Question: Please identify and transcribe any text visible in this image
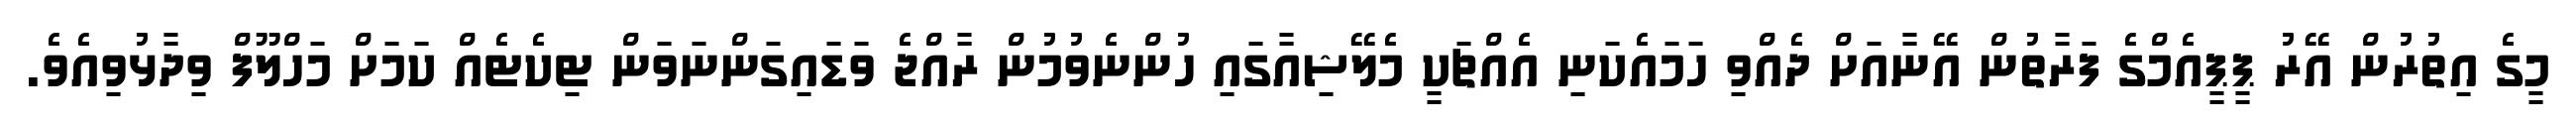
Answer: މީގެ އިތުރުން އޭރު ޕީޕީއެމްގެ ފަރާތުން އޭނާއަށް ދެއްވި ހަމައެކަނި އެއްޗަކީ މެލޭޝިއާގައި ހުންނެވުމުން ރާއްޖެ ވަޑައިގަންނަވަން ޓިކެޓެއް ކަމަށް މަހްލޫފް ވިދާޅުވިއެވެ.